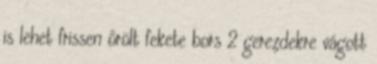
is lehet frissen őrölt fekete bors 2 gerezdekre vágott